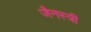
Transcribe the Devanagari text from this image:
जैनस्त्री